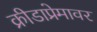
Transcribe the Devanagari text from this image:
क्रीडाप्रेमावर